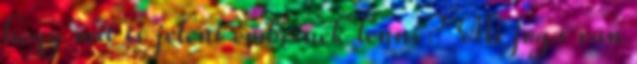
hogy mit is jelent embernek lenni? Mi joga van